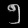
Digit: ၅